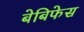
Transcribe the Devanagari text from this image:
बेबिफेस